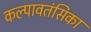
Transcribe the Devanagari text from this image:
कल्पावतंसिका